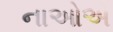
નાઓએ